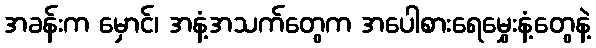
အခန်းက မှောင်၊ အနံ့အသက်တွေက အပေါစားရေမွှေးနံ့တွေနဲ့